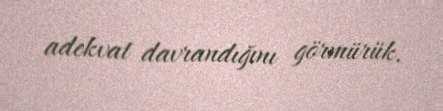
adekvat davrandığını görmürük.